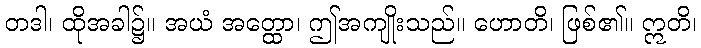
တဒါ၊ ထိုအခါ၌။ အယံ အတ္ထော၊ ဤအကျိုးသည်။ ဟောတိ၊ ဖြစ်၏။ ဣတိ၊